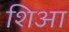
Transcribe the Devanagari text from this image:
शिआ